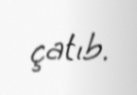
çatıb.